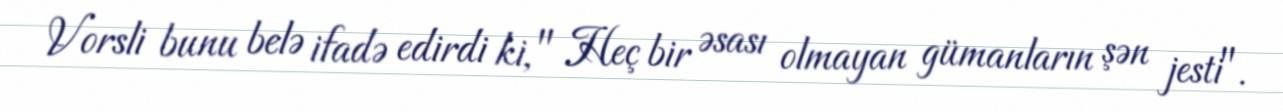
Vorsli bunu belə ifadə edirdi ki, " Heç bir əsası olmayan gümanların şən jesti".